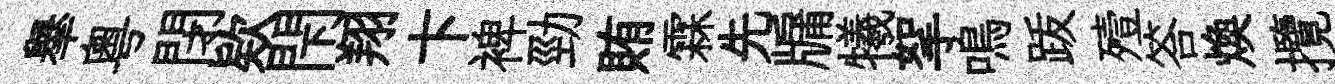
𦦙粤閉欵閇翔卞裨勁賄霖先牖犧挐鳴䟦殪答煥攬